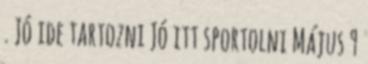
. Jó ide tartozni Jó itt sportolni Május 9